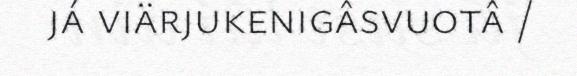
já viärjukenigâsvuotâ /